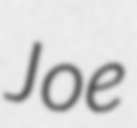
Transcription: Joe